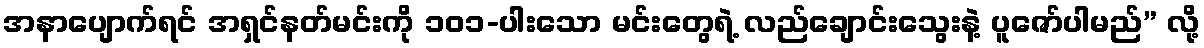
အနာပျောက်ရင် အရှင်နတ်မင်းကို ၁၀၁-ပါးသော မင်းတွေရဲ့ လည်ချောင်းသွေးနဲ့ ပူဇော်ပါမည်” လို့